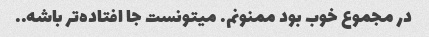
در مجموع خوب بود ممنونم. میتونست جا افتاده‌تر باشه..